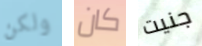
ولكن كان جنيت